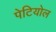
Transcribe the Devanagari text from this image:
पेटियोल